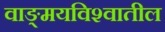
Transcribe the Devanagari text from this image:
वाङ्‌मयविश्‍वातील